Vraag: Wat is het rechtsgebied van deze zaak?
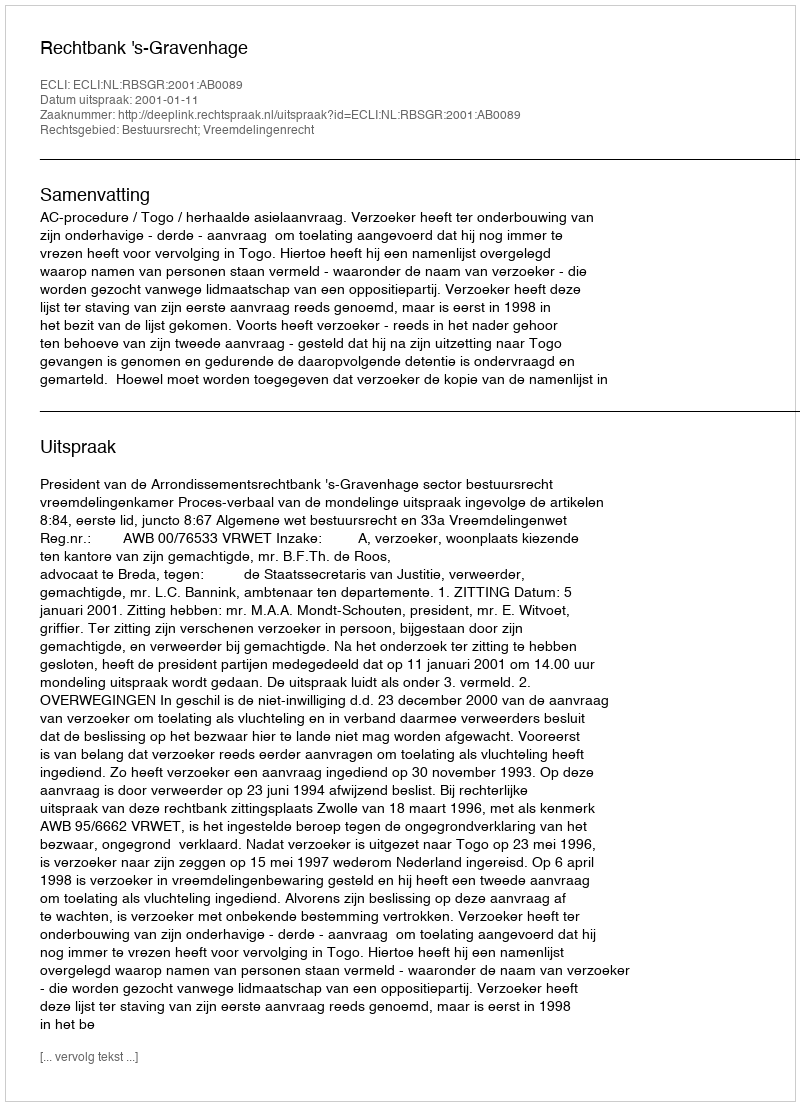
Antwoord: Bestuursrecht; Vreemdelingenrecht